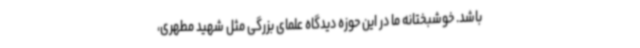
باشد. خوشبختانه ما در این حوزه دیدگاه علمای بزرگی مثل شهید مطهری،